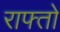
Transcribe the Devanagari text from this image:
राफ्तो